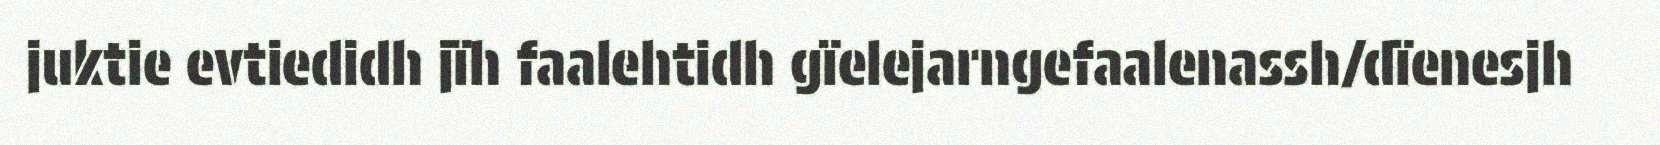
juktie evtiedidh jïh faalehtidh gïelejarngefaalenassh/dïenesjh